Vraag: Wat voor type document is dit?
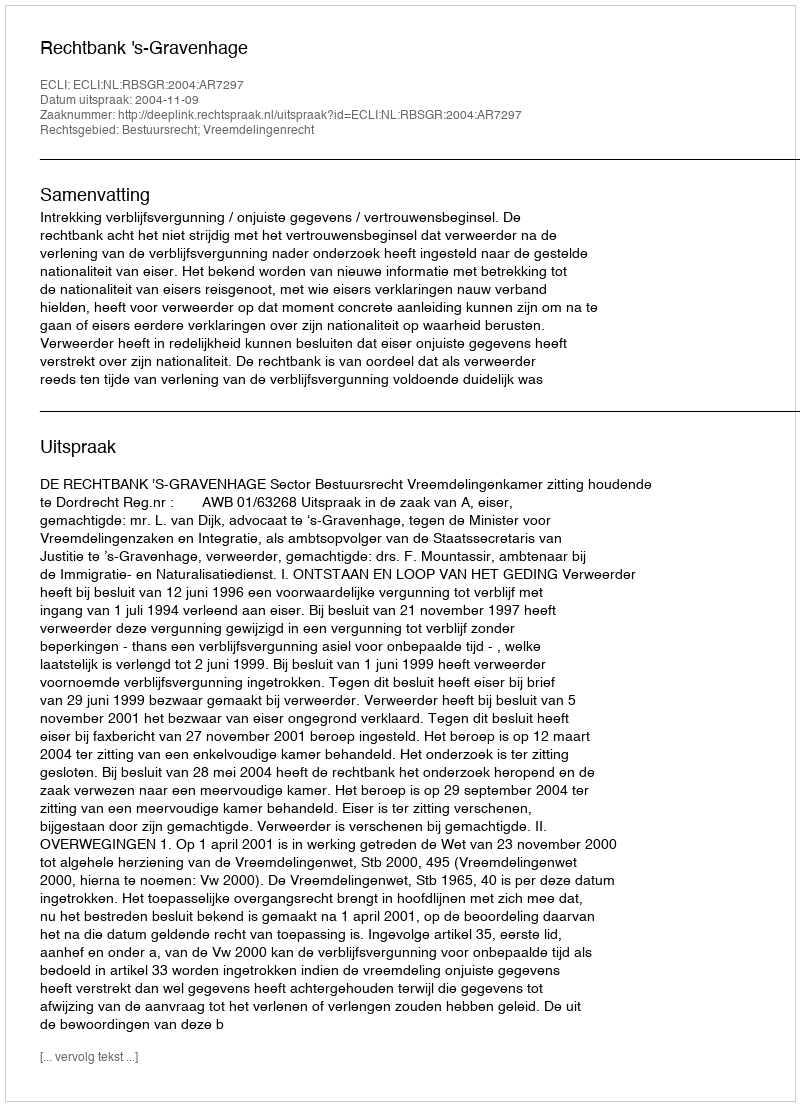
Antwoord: Uitspraak